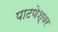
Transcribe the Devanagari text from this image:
पाटणेश्वर